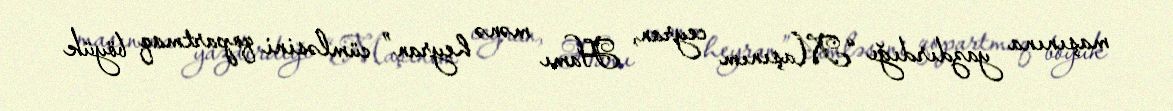
maşınına yazdırdığı “Maşınım ceyran, Hamı mənə heyran” cümləsini qopartmaq böyük